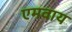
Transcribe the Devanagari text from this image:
एमवाय